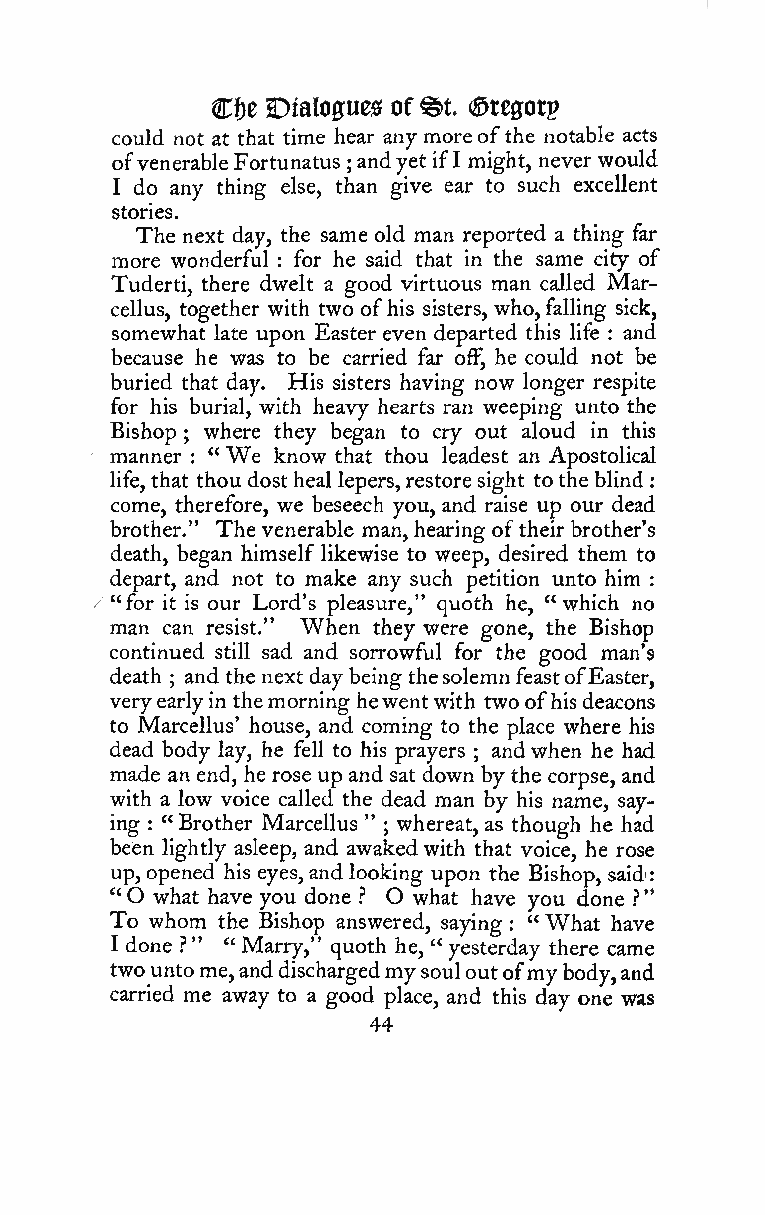
"
 :
 Cf)c Dialogues of@t. (Srcgorg
 could not at that time hear any moreofthe notable acts
 ofvenerableFortunatus ;andyet ifI might, neverwould
 I do any thing else, than give ear to such excellent
 stories.
 The next day, the same old man reported a thing far
 more wonderful for he said that in the same city of
 :
 Tuderti, there dwelt a good virtuous man called Mar-
 cellus, together with two ofhis sisters, who,falling sick,
 somewhat late upon Easter even departed this life : and
 because he was to be carried far off, he could not be
 buried that day. His sisters having now longer respite
 for his burial, with heavy hearts ran weeping unto the
 Bishop ; where they began to cry out aloud in this
 manner " We know that thou leadest an Apostolical
 :
 life,that thou dostheal lepers,restore sight tothe blind
 :
 come, therefore, we beseech you, and raise up our dead
 brother." The venerable man, hearing oftheir brother's
 death, began himself likewise to weep, desired them to
 depart, and not to make any such petition unto him
 :
 "for it is our Lord's pleasure," quoth he, "which no
 man can resist." When they were gone, the Bishop
 continued still sad and sorrowful for the good man's
 death and the next daybeing thesolemn feastofEaster,
 ;
 veryearlyin themorning hewentwith twoofhisdeacons
 to Marcellus' house, and coming to the place where his
 dead body lay, he fell to his prayers andwhen he had
 ;
 made an end, he rose up and sat down by the corpse, and
 with a low voice called the dead man by his name, say-
 ing : "Brother Marcellus " ; whereat, as though he had
 been lightly asleep, and awakedwith that voice, he rose
 up, opened his eyes, and looking upon the Bishop, said'
 " O what have you done .'' O what have you done ?
 To whom the Bishop answered, saying "What have
 :
 I done ?" " Marry," quoth he, " yesterday there came
 twountome,anddischargedmy souloutofmybody,and
 carried me away to a good place, and this day one was
 44